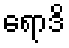
ရောဒိ